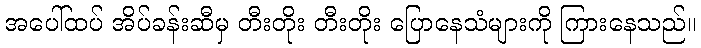
အပေါ်ထပ် အိပ်ခန်းဆီမှ တီးတိုး တီးတိုး ပြောနေသံများကို ကြားနေသည်။